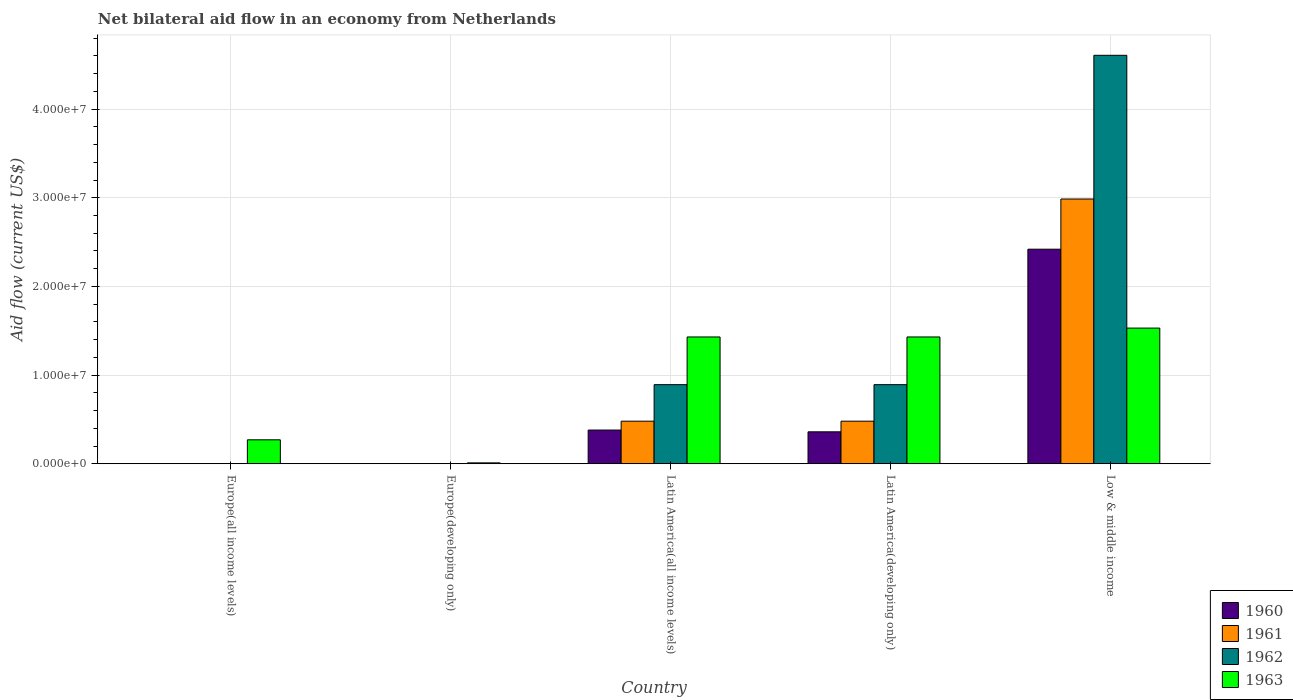
| Country | 1960 | 1961 | 1962 | 1963 |
 | --- | --- | --- | --- | --- |
 | Europe(all income levels) | -9e+05 | -5e+05 | -3e+04 | 2.7e+06 |
 | Europe(developing only) | -1e+06 | -1.03e+06 | -6.1e+05 | 1e+05 |
 | Latin America(all income levels) | 3.8e+06 | 4.8e+06 | 8.92e+06 | 1.43e+07 |
 | Latin America(developing only) | 3.6e+06 | 4.8e+06 | 8.92e+06 | 1.43e+07 |
 | Low & middle income | 2.42e+07 | 2.99e+07 | 4.61e+07 | 1.53e+07 |